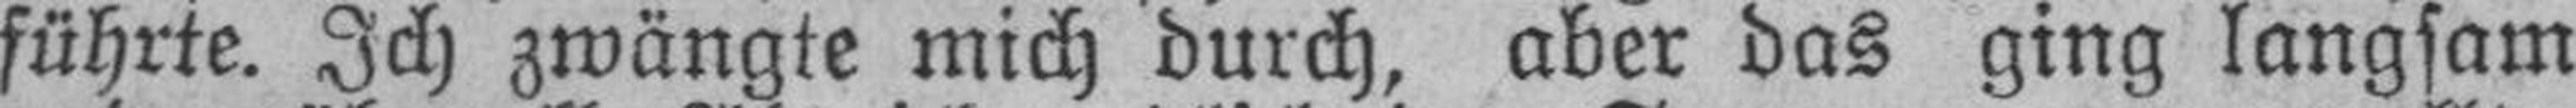
führte. Ich zwängte mich durch, aber das ging langsam